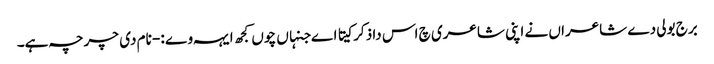
برج بولی دے شاعراں نے اپنی شاعری چ اس دا ذکر کیتا اے جنہاں چوں کجھ ایہہ وے :- نام دی چرچہ ہے۔